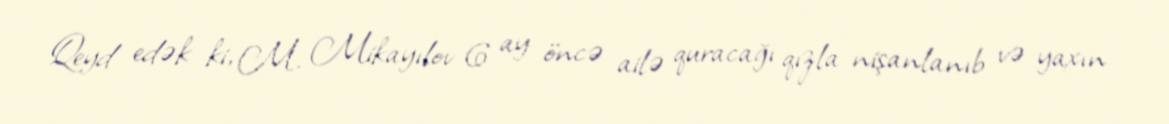
Qeyd edək ki, M. Mikayılov 6 ay öncə ailə quracağı qızla nişanlanıb və yaxın